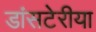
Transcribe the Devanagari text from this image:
डांसटेरीया